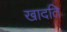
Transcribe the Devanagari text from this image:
खादति